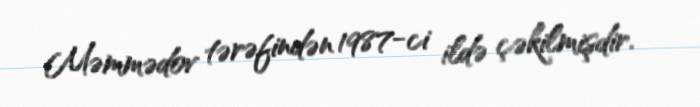
Məmmədov tərəfindən 1987-ci ildə çəkilmişdir.